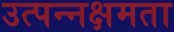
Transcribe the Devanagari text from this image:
उत्पन्नक्षमता